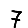
Digit: 7